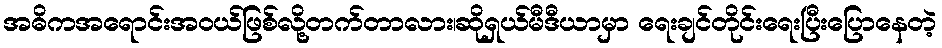
အဓိကအရောင်းအဝယ်ဖြစ်လို့တက်တာလား၊ဆိုရှယ်မီဒီယာမှာ ရေးချင်တိုင်းရေးပြီးပြောနေတဲ့